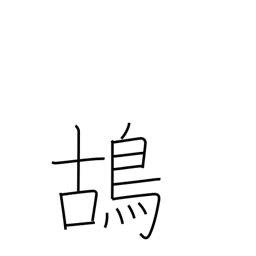
Meaning: partridge